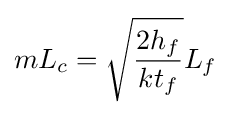
mL_{c}={\sqrt {\frac {2h_{f}}{kt_{f}}}}L_{f}